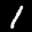
Label: 1